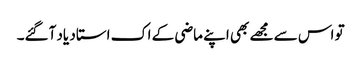
تو اس سے مجھے بھی اپنے ماضی کے اک استاد یاد آگئے۔